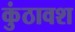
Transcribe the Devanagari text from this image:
कुंठावश